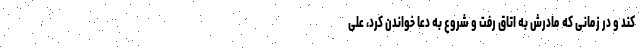
کند و در زمانی که مادرش به اتاق رفت و شروع به دعا خواندن کرد، علی